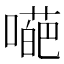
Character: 𡀥